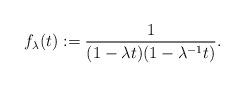
LaTeX: \begin{align*} f_\lambda(t) := \frac{1}{(1-\lambda t)(1 - \lambda^{-1} t)}.\end{align*}